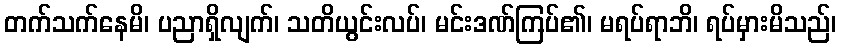
တက်သက်နေမိ၊ ပညာရှိလျက်၊ သတိယွင်းလပ်၊ မင်းဒဏ်ကြပ်၏၊ မရပ်ရာဘိ၊ ရပ်မှားမိသည်၊